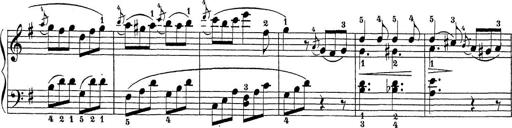
Title: Sonatina Album
Composer: Louis KÃ¶hler